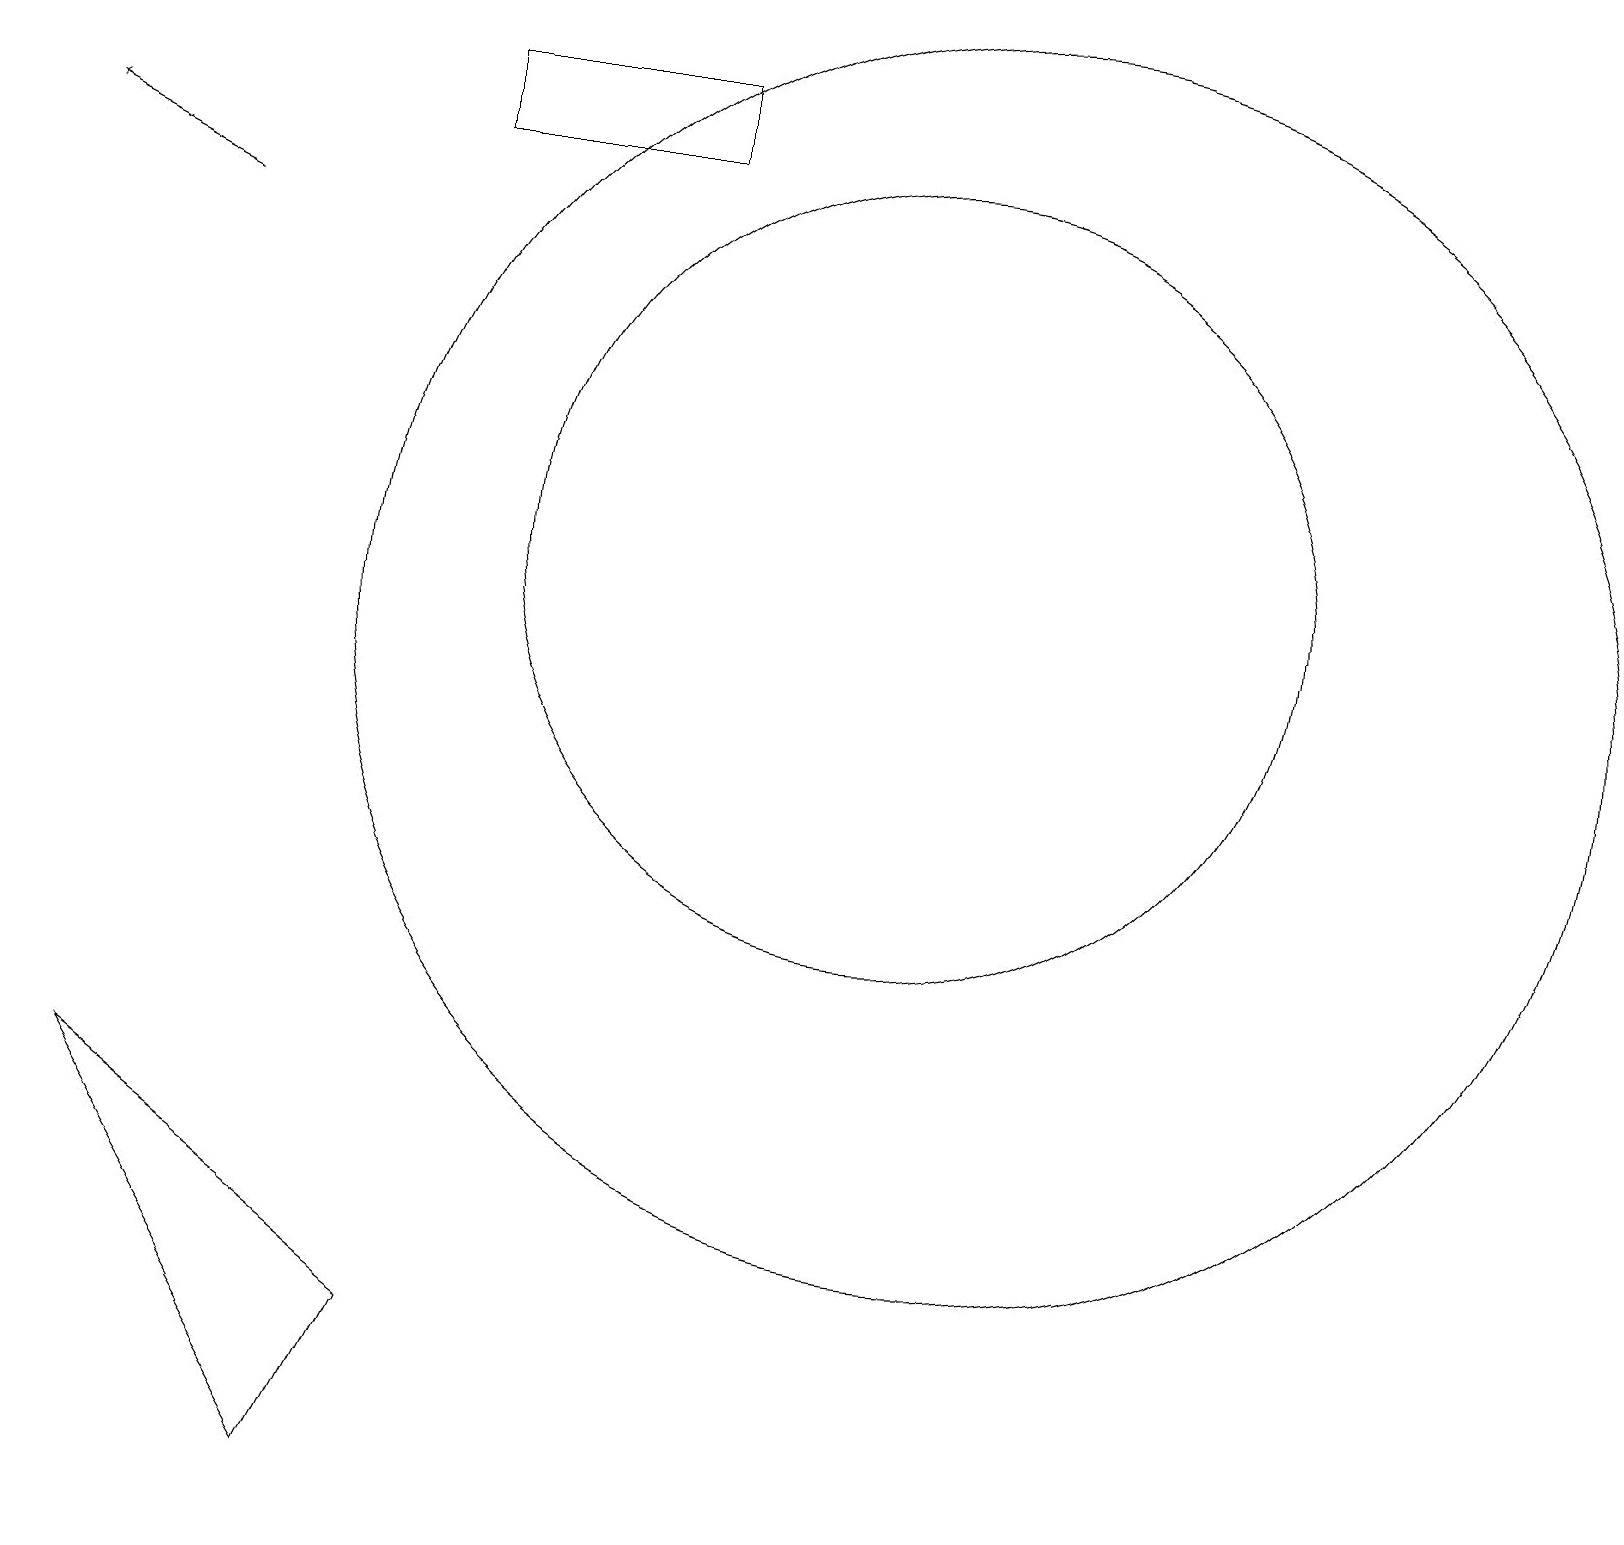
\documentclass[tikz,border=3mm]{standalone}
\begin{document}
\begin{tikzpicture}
\draw (8,18) rectangle (5,17);
\draw[->] (2,16) -- (0,17);
\draw (11,12) circle (5);
\draw (5,2) -- (4,0) -- (1,5) -- cycle;
\draw (12,11) circle (8);
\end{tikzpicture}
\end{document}